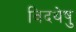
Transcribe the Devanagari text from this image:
विदथेषु